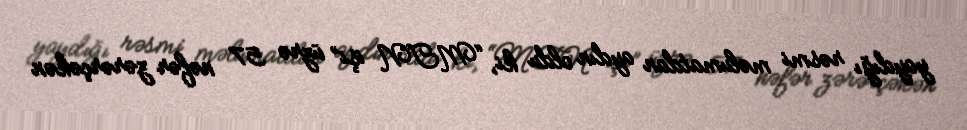
yaydığı rəsmi məlumatdan aydın oldu ki, “MTN işi” üzrə 57 nəfər zərərçəkən